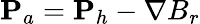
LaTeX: {\mathbf P}_{a}={\mathbf P}_{h}-\nabla B_{r}